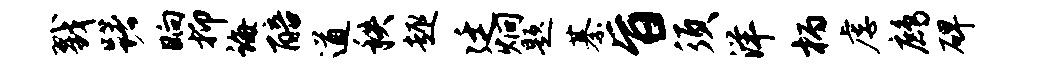
戮躇晌抑诲醅遒秩趣廷炯题綦旨须洋柄虐鹧碑